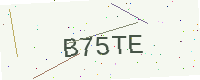
Text: B75TE